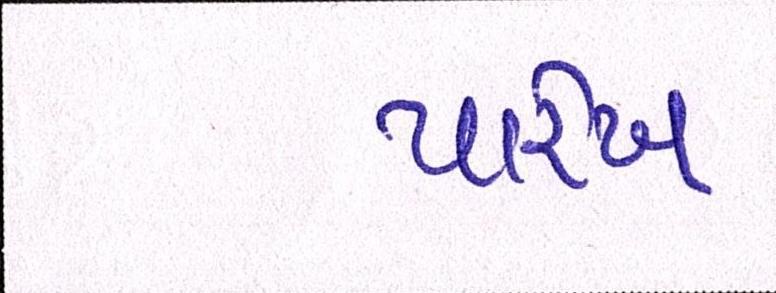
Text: પારેખ